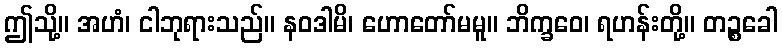
ဤသို့။ အဟံ၊ ငါဘုရားသည်။ နဝဒါမိ၊ ဟောတော်မမူ။ ဘိက္ခဝေ၊ ရဟန်းတို့။ တဉ္စခေါ